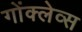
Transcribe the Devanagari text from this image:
गोंक्लेव्स